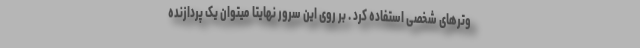
وترهای شخصی استفاده کرد . بر روی این سرور نهایتا میتوان یک پردازنده